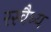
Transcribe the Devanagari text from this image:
रस्वैध्य